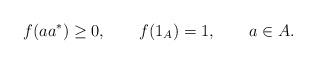
LaTeX: \begin{align*}f(aa^*)\geq 0, \qquad f(1_A)=1, \qquad a\in A.\end{align*}